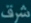
شق